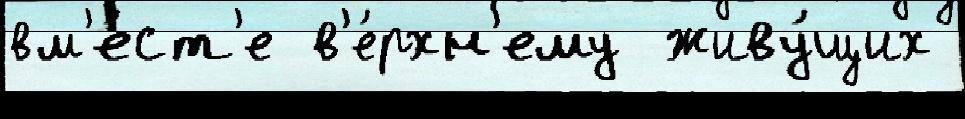
вм'е́ст'е в'е́рхн'ему живу́щих